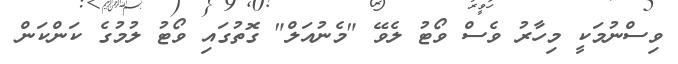
ވިސްނުމަކީ މިހާރު ވެސް ވޯޓު ލެވޭ "މެނުއަލް" ގޮތުގައި ވޯޓު ލުމުގެ ކަންކަން